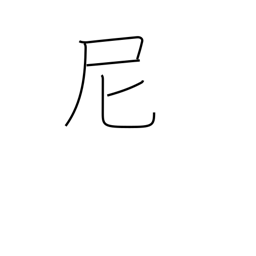
Meaning: nun